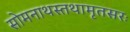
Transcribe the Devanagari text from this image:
सोमनाथस्तथामृतसरः